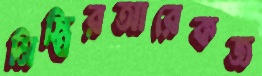
মিস্ত্রিরআরেকজ